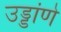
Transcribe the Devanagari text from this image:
उड्डांणे